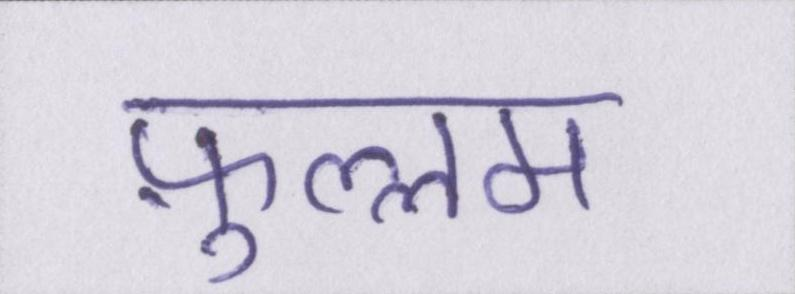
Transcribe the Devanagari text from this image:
फ़ुल्लम